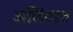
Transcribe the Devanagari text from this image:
अलिंदात